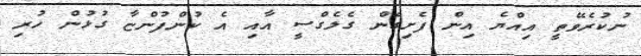
ނުކުރެވޭތީ އިއްޔެ އިން ފެށިގެން ގެލެގްސީ އާއި އެ ކުންފުންޏާ ގުޅުން ހުރި